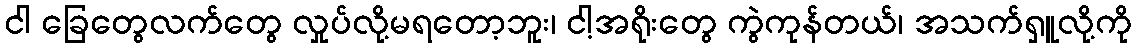
ငါ ခြေတွေလက်တွေ လှုပ်လို့မရတော့ဘူး၊ ငါ့အရိုးတွေ ကွဲကုန်တယ်၊ အသက်ရှူလို့ကို